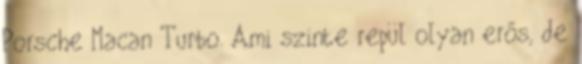
Porsche Macan Turbo. Ami szinte repül olyan erős, de